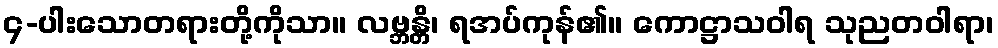
၄-ပါးသောတရားတို့ကိုသာ။ လဗ္ဘန္တိ၊ ရအပ်ကုန်၏။ ကောဋ္ဌာသဝါရ သုညတဝါရာ၊